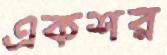
একশর